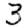
Digit: 3